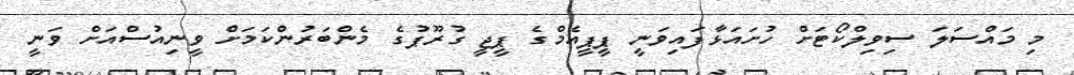
މި މައްސަލަ ސިވިލްކޯޓަށް ހުށައަޅާފައިވަނީ ޕީޕީއެމްގެ ޕީޖީ ގުރޫޕުގެ މެންބަރުންކަމަށް ވީނިއުސްއަށް ވަނީ